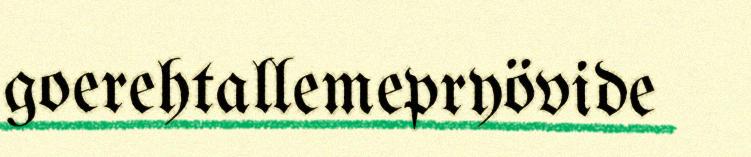
goerehtallemepryövide